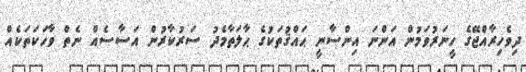
ދިވެހިރާއްޖޭގެ ހީނަރުވަމުން އަންނަ އިންސާނީ ޙައްޤުތަކުގެ ޙާލަތާމެދު ސަރުކާރުން އަސާސެއް ނެތް ވާހަކަތަަކެއް